Scottish Certificate of Education, 1962
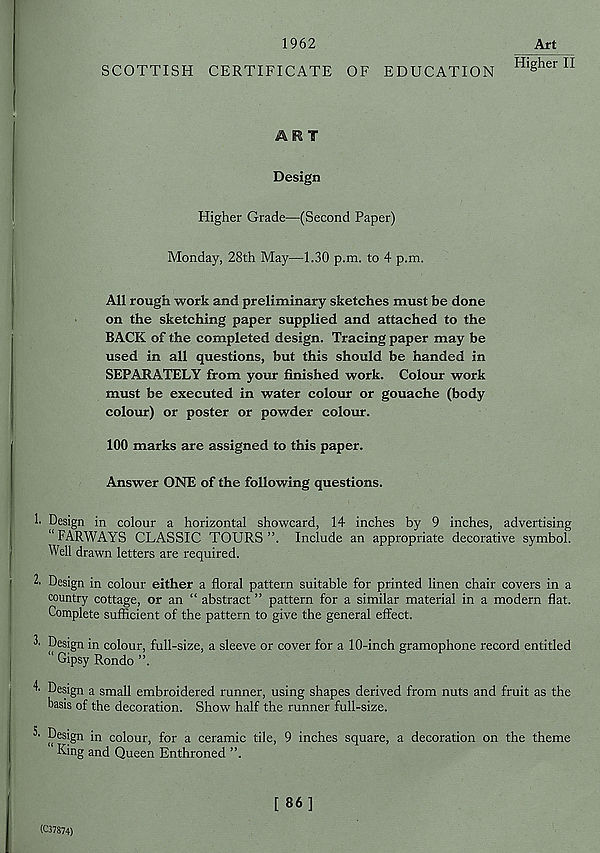
1962
SCOTTISH CERTIFICATE OF EDUCATION
Art
Higher II
ART
Design
Higher Grade—(Second Paper)
Monday, 28th May—1.30 p.m. to 4 p.m.
All rough work and preliminary sketches must be done
on the sketching paper supplied and attached to the
BACK of the completed design. Tracing paper may be
used in all questions, but this should be handed in
SEPARATELY from your finished work. Colour work
must be executed in water colour or gouache (body
colour) or poster or powder colour.
100 marks are assigned to this paper.
Answer ONE of the following questions.
!• Design in colour a horizontal showcard, 14 inches by 9 inches, advertising
“ FARWAYS CLASSIC TOURS ”. Include an appropriate decorative symbol.
Well drawn letters are required.
2- Design in colour either a floral pattern suitable for printed linen chair covers in a
country cottage, or an “ abstract ” pattern for a similar material in a modern flat.
Complete sufficient of the pattern to give the general effect.
2' Design in colour, full-size, a sleeve or cover for a 10-inch gramophone record entitled
“ Gipsy Rondo ”.
4- Design a small embroidered runner, using shapes derived from nuts and fruit as the
basis of the decoration. Show half the runner full-size.
Design in colour, for a ceramic tile, 9 inches square, a decoration on the theme
King and Queen Enthroned ”.
(C37874)
[ 86]